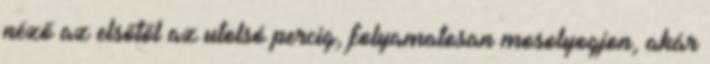
néző az elsőtől az utolsó percig, folyamatosan mosolyogjon, akár